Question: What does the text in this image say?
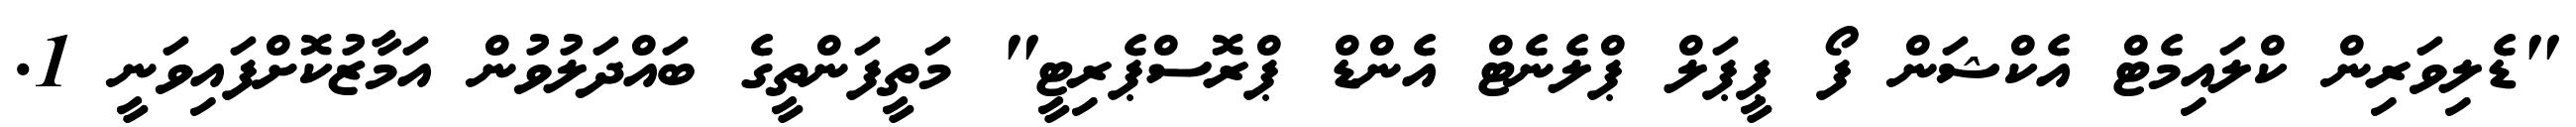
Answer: "ޑެލިވަރިން ކްލައިމެޓް އެކްޝަން ފޯ ޕީޕަލް ޕްލެނެޓް އެންޑް ޕްރޮސްޕެރިޓީ" މަތީފަންތީގެ ބައްދަލުވުން އަމާޒުކޮށްފައިވަނީ 1.